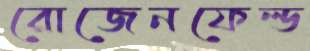
রোজেনফেল্ড